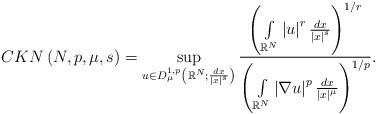
\begin{align*}CKN\left( N,p,\mu,s\right) =\sup_{u\in D_{\mu}^{1,p}\left(\mathbb{R}^{N};\frac{dx}{\left\vert x\right\vert ^{s}}\right) }\frac{\left(\int\limits_{\mathbb{R}^{N}}\left\vert u\right\vert ^{r}\frac{dx}{\left\vert x\right\vert ^{s}}\right) ^{1/r}}{\left( \int\limits_{\mathbb{R}^{N}}\left\vert \nabla u\right\vert ^{p}\frac{dx}{\left\vert x\right\vert^{\mu}}\right) ^{1/p}}.\end{align*}